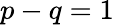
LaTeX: p-q=1